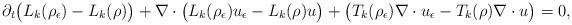
LaTeX: \begin{align*}\partial_t \big(L_k(\rho_\epsilon)-L_k(\rho)\big)+\nabla\cdot\big(L_k(\rho_\epsilon)u_\epsilon-L_k(\rho)u\big)+\big(T_k(\rho_\epsilon)\nabla\cdot u_\epsilon-T_k(\rho)\nabla\cdot u\big)=0,\end{align*}